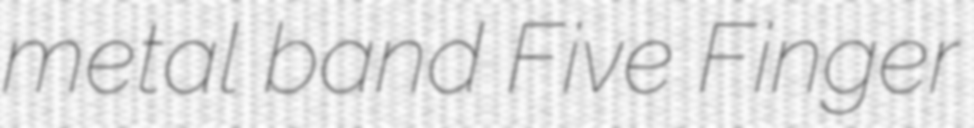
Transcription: metal band Five Finger